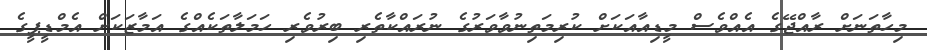
މިހާތަނަށް ރާއްޖޭގެ އެއްވެސް މީޑިއާއަކަށް ކުރިމަތިނުވާވަރުގެ ނުރައްކާތެރި ބިރުވެރި ހަމަލާތަކެއްގެ އަމާޒަކަށް އެމްޑީޕީގެ